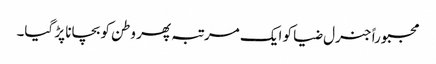
مجبوراً جنرل ضیا کو ایک مرتبہ پھر وطن کو بچانا پڑ گیا۔